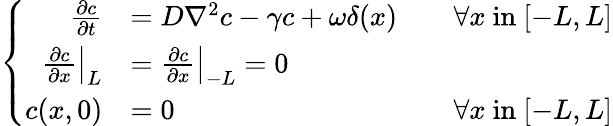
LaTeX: \left\{ \begin{array}{rlr}{\frac{\partial c}{\partial t}}&{=D\nabla^{2}c-\gamma c+\omega\delta(x)}&{\quad\forall x\mathrm{~in~}[-L,L]}\\ {\left.\frac{\partial c}{\partial x}\right|_{L}}&{=\left.\frac{\partial c}{\partial x}\right|_{-L}=0}\\ {c(x,0)}&{=0}&{\forall x\mathrm{~in~}[-L,L]}\end{array}\right.